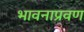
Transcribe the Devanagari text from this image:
भावनाप्रवण